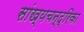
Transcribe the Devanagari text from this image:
सांख्‍यचन्द्रिका